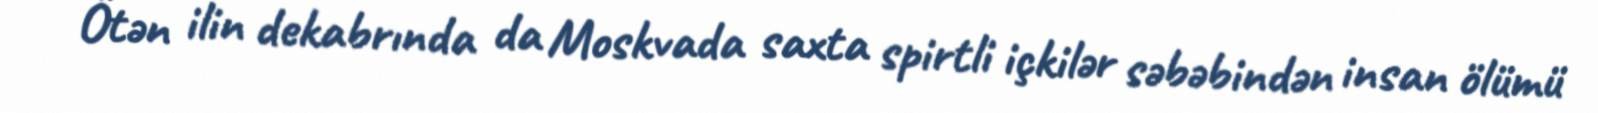
Ötən ilin dekabrında da Moskvada saxta spirtli içkilər səbəbindən insan ölümü